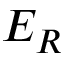
E _ { R }